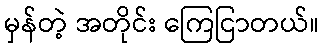
မှန်တဲ့ အတိုင်း ကြေငြာတယ်။